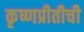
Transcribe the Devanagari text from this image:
कृष्णप्रीतीची